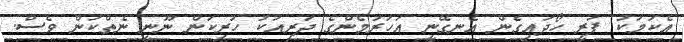
އެކަމަކު ފަރީ ހޯދައިގެން އެނގޭނީ އަހަރުމެންގެ ދަރިއަކު ހުރިކަން ނޫނީ ނެތްކަން ވެސް.